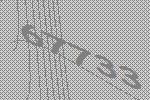
67733